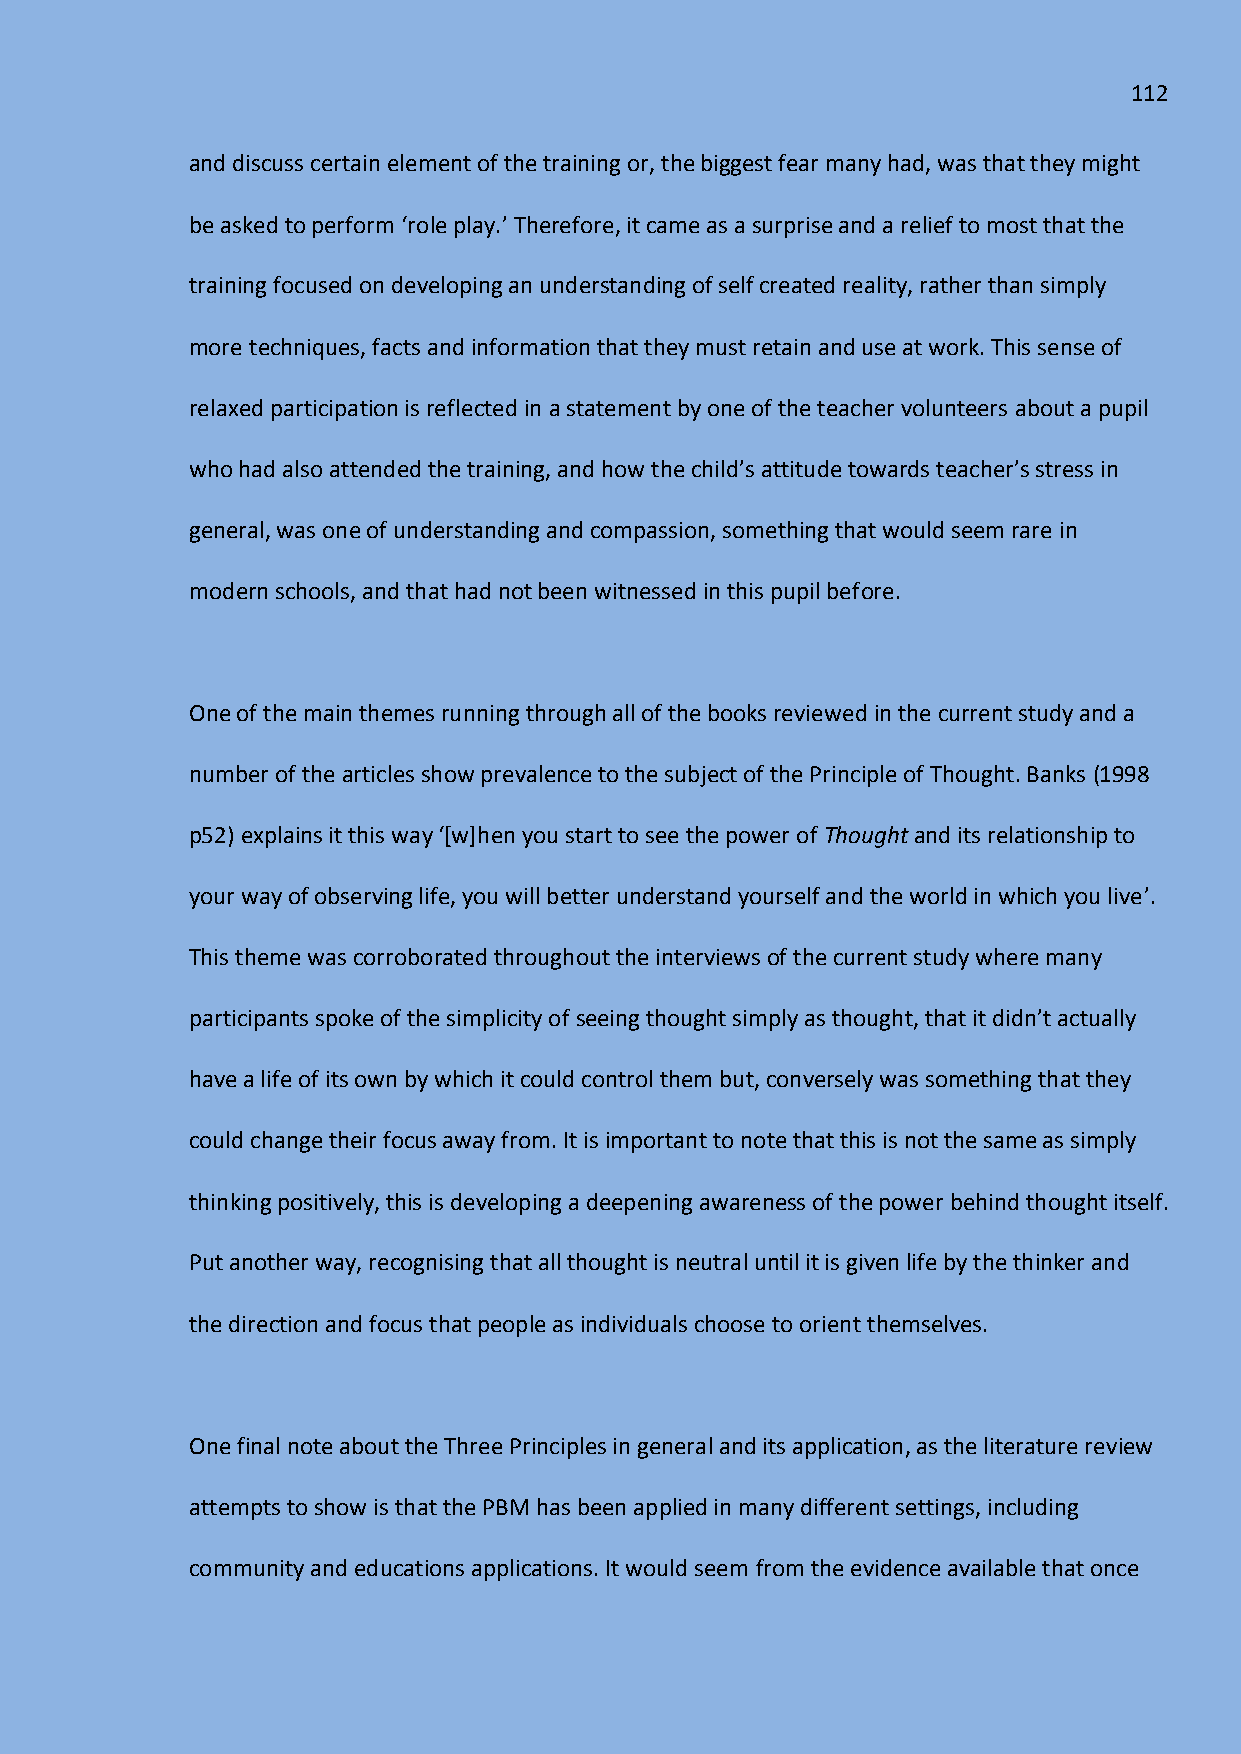
112
 and discuss certain element of the training or, the biggest fear many had, was that they might
 be asked to perform ‘role play.’ Therefore, it came as a surprise and a relief to most that the
 training focused on developing an understanding of self created reality, rather than simply
 more techniques, facts and information that they must retain and use at work. This sense of
 relaxed participation is reflected in a statement by one of the teacher volunteers about a pupil
 who had also attended the training, and how the child’s attitude towards teacher’s stress in
 general, was one of understanding and compassion, something that would seem rare in
 modern schools, and that had not been witnessed in this pupil before.
 One of the main themes running through all of the books reviewed in the current study and a
 number of the articles show prevalence to the subject of the Principle of Thought. Banks (1998
 p52) explains it this way ‘*w+hen you start to see the power of Thought and its relationship to
 your way of observing life, you will better understand yourself and the world in which you live’.
 This theme was corroborated throughout the interviews of the current study where many
 participants spoke of the simplicity of seeing thought simply as thought, that it didn’t actually
 have a life of its own by which it could control them but, conversely was something that they
 could change their focus away from. It is important to note that this is not the same as simply
 thinking positively, this is developing a deepening awareness of the power behind thought itself.
 Put another way, recognising that all thought is neutral until it is given life by the thinker and
 the direction and focus that people as individuals choose to orient themselves.
 One final note about the Three Principles in general and its application, as the literature review
 attempts to show is that the PBM has been applied in many different settings, including
 community and educations applications. It would seem from the evidence available that once